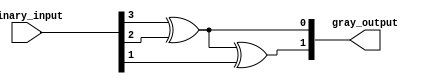
module gray_priority_encoder (
    input [3:0] binary_input,
    output [1:0] gray_output
);

assign gray_output[0] = binary_input[3] ^ binary_input[2];
assign gray_output[1] = gray_output[0] ^ binary_input[1];

endmodule